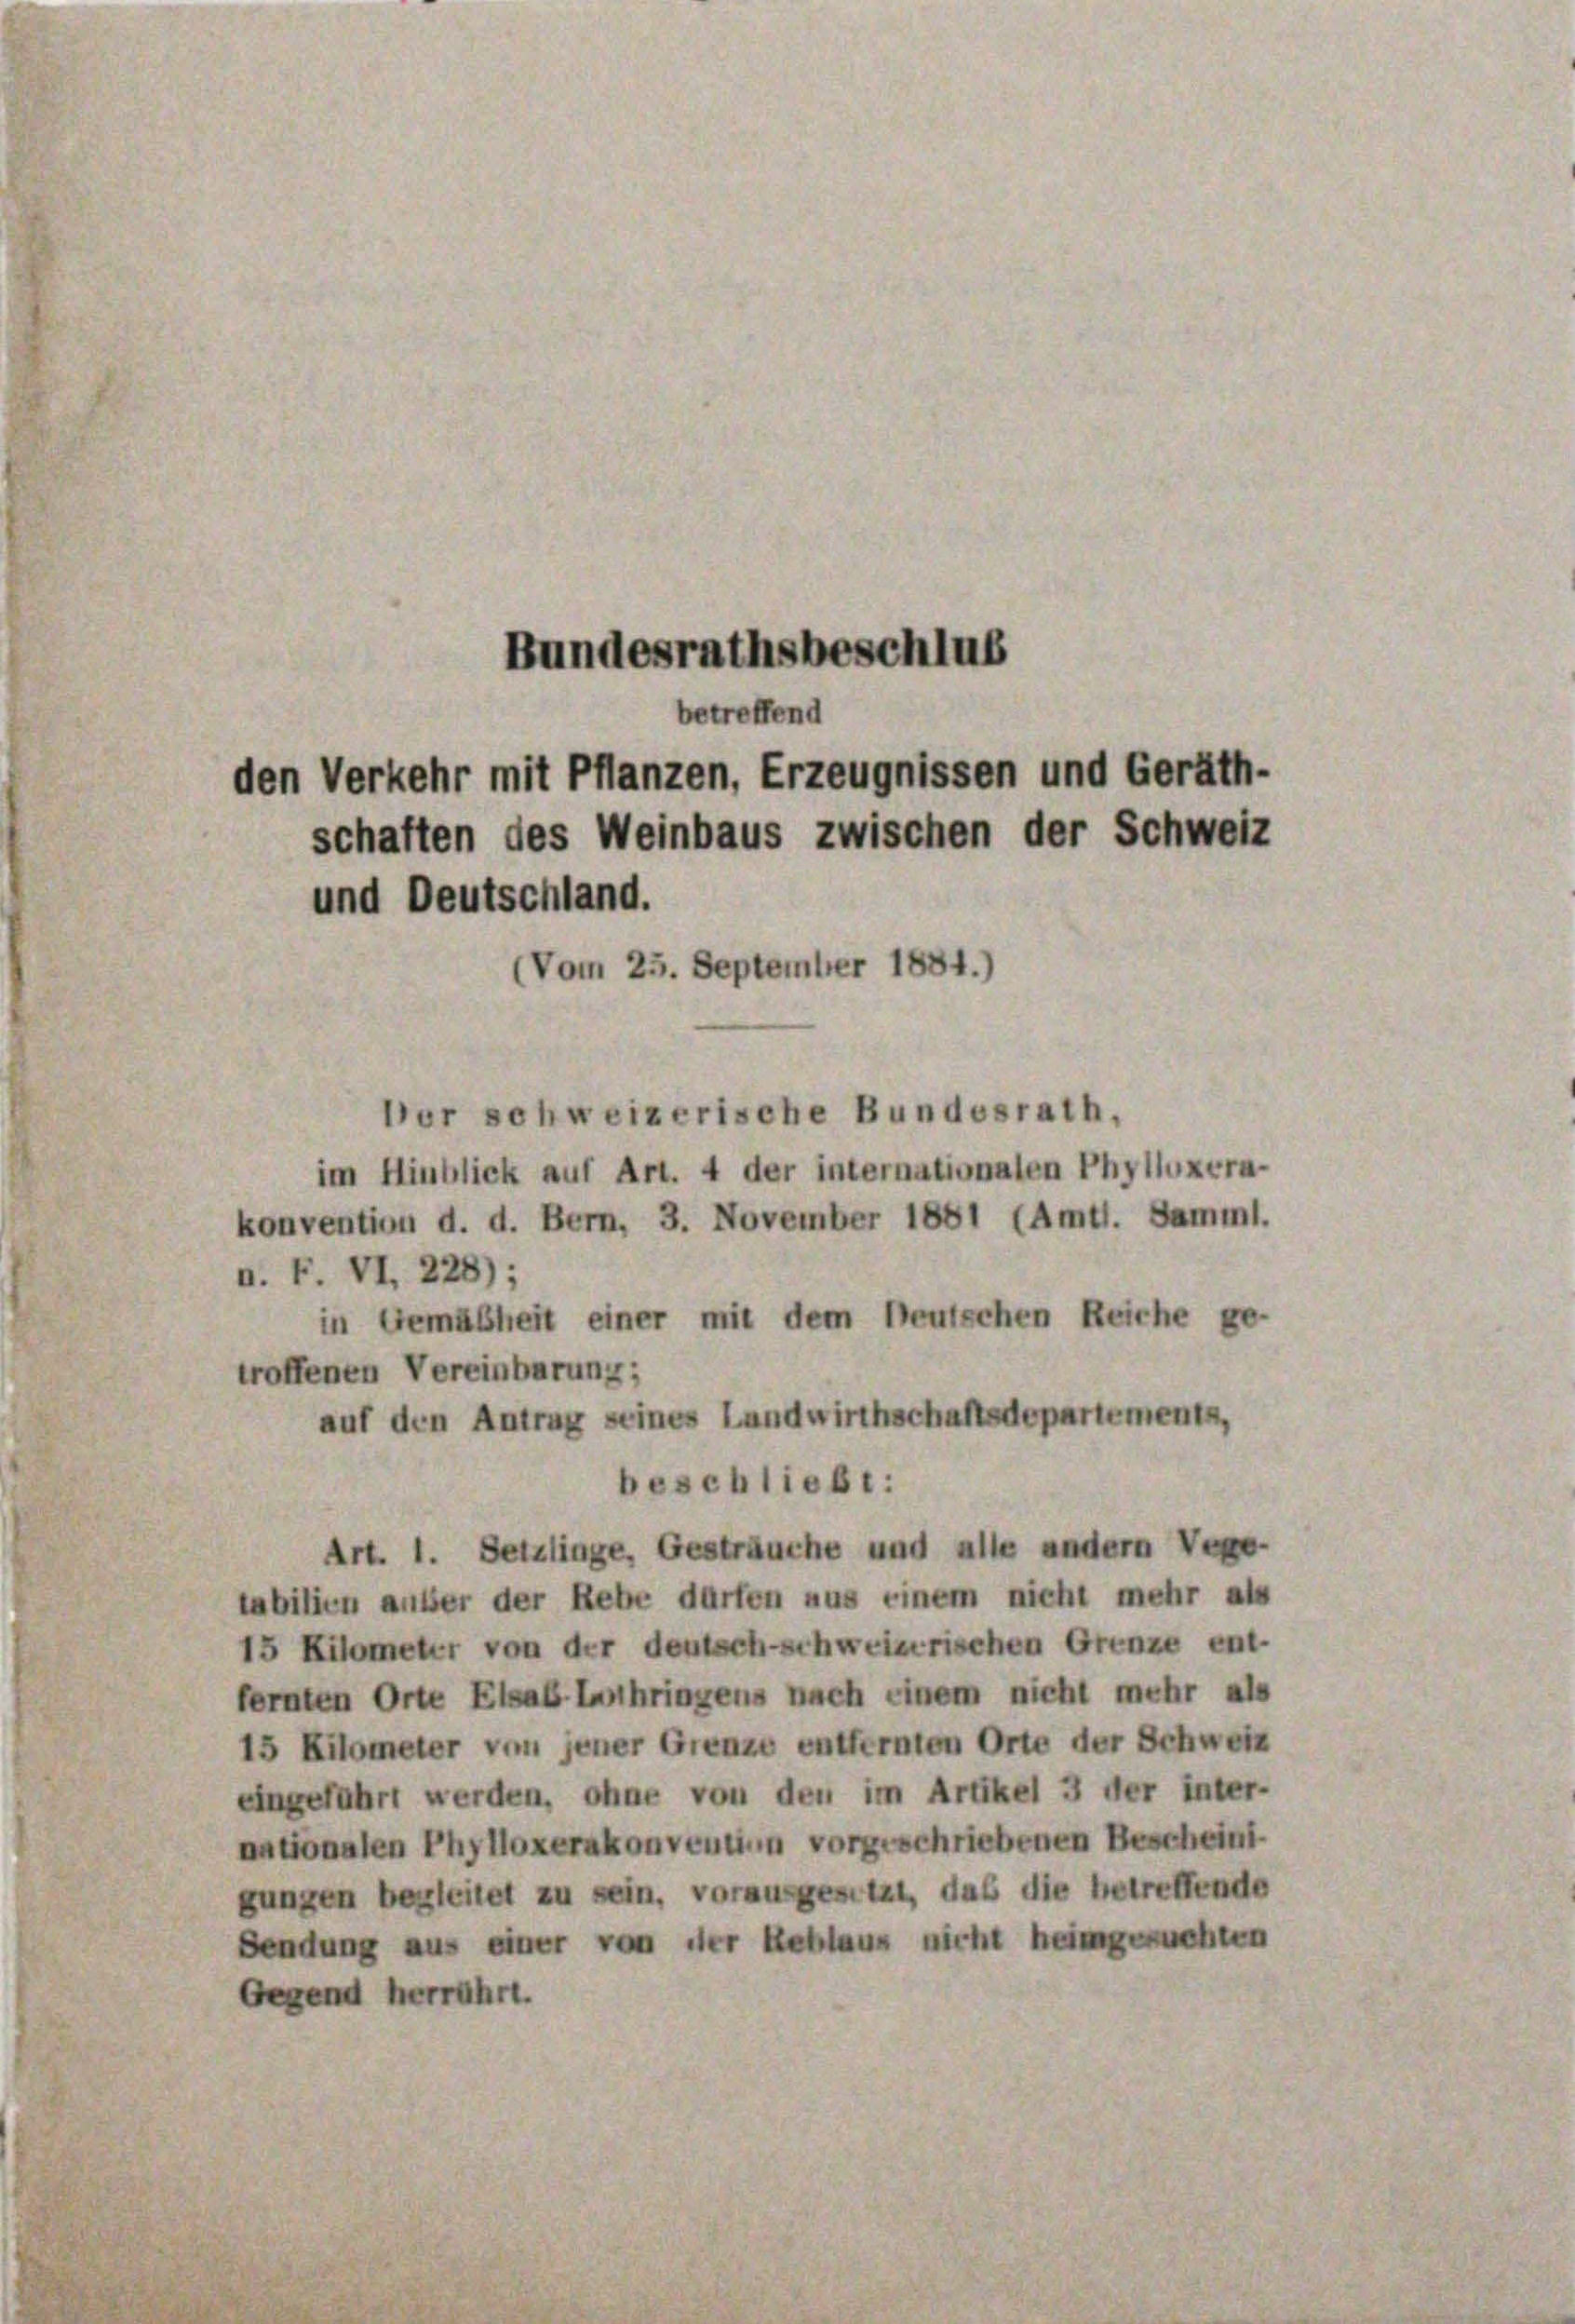
Bundesrathsbeschlus
betreffend
den Verkehr mit Pflanzen, Erzeugnissen und Geräth-
schaften des Weinbaus zwischen der Schweiz

und Deutschland.
(Vom 25. September 1884.)

Der schweizerische Bundesrath,
im Hinblick auf Art. 4 der internationalen Phylluxera-
konvention d. d. Bern, 3. November 1881 (Amtl. Samml.
u. F. VI, 228);
in Gemäßheit einer mit dem Deutschen Reiche ge-
troffenen Vereinbarung;
auf den Antrag seines Landwirthschaftsdepartemente,
beschließt:
Art. 1. Setzlinge, Gesträuche und alle andern Vere-
tabilien ander der Rebe dürfen aus einem nicht mehr als
15 Kilometer von der deutsch-schweizerischen Grenze ent-
fernten Orte Elsab. Lanthringens nach einem nicht mehr als
15 Kilometer von jener Grenze entfernten Orte der Schweiz
eingeführt werden, ohne von den im Artikel 3 der inter-
antonalen Phylloxerakonventinn vorgeschriebenen Bescheint.
gungen begleitet zu sein, vorausgesetzt, das die betreffende
Sendung aus einer von der Reblaus nicht heimgesuchten
Gegend herrührt.